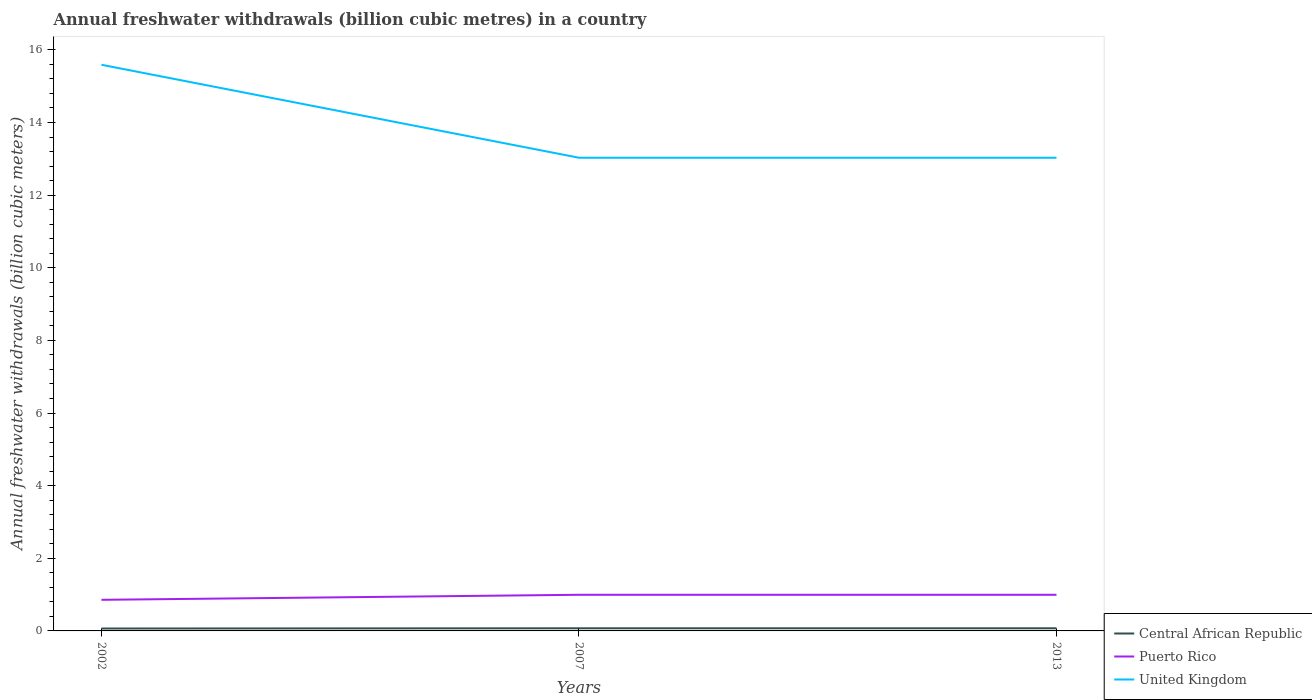
| Years | Central African Republic | Puerto Rico | United Kingdom |
 | --- | --- | --- | --- |
 | 2002 | 0.0662 | 0.857 | 15.6 |
 | 2007 | 0.0725 | 0.995 | 13 |
 | 2013 | 0.0725 | 0.995 | 13 |